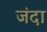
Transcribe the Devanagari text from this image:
जंदा